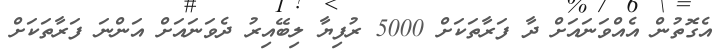
އެގޮތުން އެއްވަނައަށް ދާ ފަރާތަކަށް 5000 ރުފިޔާ ލިބޭއިރު ދެވަނައަށް އަންނަ ފަރާތަކަށް